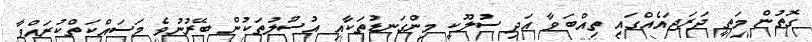
ގޮތުން މަތީ ދަރަޖައެއްގައި ތިއްބަވާ އަދި ސުލޫކީ މިންގަނޑުތަކާއި އުސޫލުތަކުން ބޭރުނުވެ މަސައްކަތްކުރައްވާ